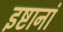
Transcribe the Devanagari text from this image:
इष्टानां